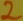
Text: 2